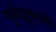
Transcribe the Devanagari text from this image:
पूर्वद्रुतगती